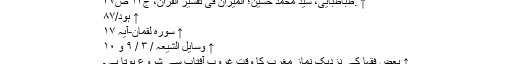
↑ .طباطبایی، سید محمد حسین؛ المیزان فی تفسیر القرآن، ج۱۴ ص۴۷
↑ ہود/۸۷
↑ سورہ لقمان-آیہ ۱۷
↑ وسایل الشیعہ / ۳ / ۹ و ۱۰
↑ بعض فقہا کے نزدیک نماز مغرب کا وقت غروب آفتاب سے شروع ہوتا ہے۔